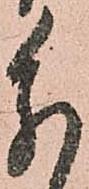
分